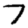
Digit: 7